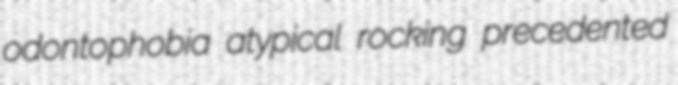
odontophobia atypical rocking precedented